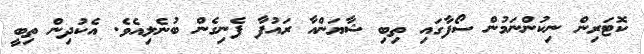
ކޮޓަރިން ނިކުންނަމުން ސޯފާގައި ތިބި ޝާޔަންއާ ރައުފާ ފެނިގެން ބުނެލިއެވެ. އެކުދިން ތިބީ